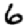
Digit: 6